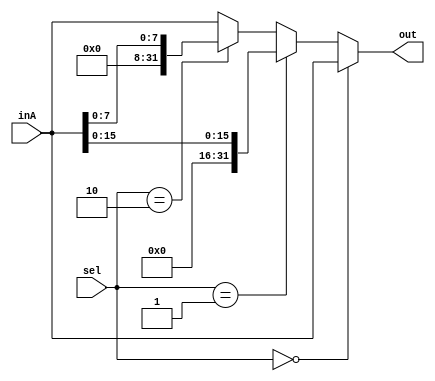
`timescale 1ns / 1ps
//////////////////////////////////////////////////////////////////////////////////
// Company: 
// Engineer: 
// 
// Design Name: 
// Module Name: Mux3to1
// Project Name: 
// Target Devices: 
// Tool Versions: 
// Description: 
// 
// Dependencies: 
// 
// Revision:
// Revision 0.01 - File Created
// Additional Comments:
// 
//////////////////////////////////////////////////////////////////////////////////


module Mux3to1(out, inA, sel);

    output reg [31:0] out;
    
    input [31:0] inA;
    
    input [1:0] sel;
    
    always@(sel, inA) begin
        if (sel == 0) begin // changed
            out <= inA;
        end
        else if ( sel == 1) begin
            out <= {16'd0,inA[15:0]};
        end
        else if (sel == 2) begin
            out <= {24'd0,inA[7:0]};
        end
        else begin 
            out <= inA;
        end
    end 

endmodule